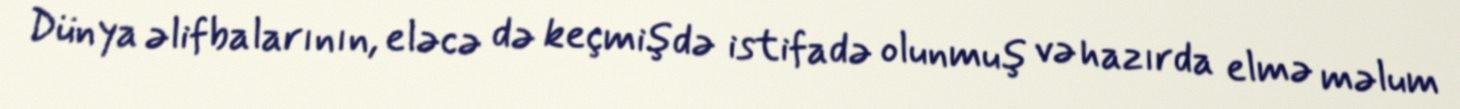
Dünya əlifbalarının, eləcə də keçmişdə istifadə olunmuş və hazırda elmə məlum